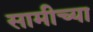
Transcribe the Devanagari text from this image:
सामीच्या